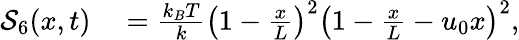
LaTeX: \begin{array}{rl}{\mathcal{S}_{6}(x,t)}&{{}=\frac{k_{B}T}{k}\left(1-\frac{x}{L}\right)^{2}\left(1-\frac{x}{L}-u_{0}x\right)^{2},}\end{array}